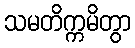
သမတိက္ကမိတွာ